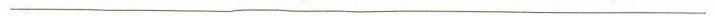
___